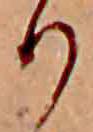
り